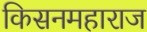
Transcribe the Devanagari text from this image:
किसनमहाराज